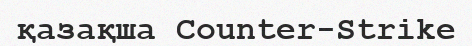
қазақша Counter-Strike